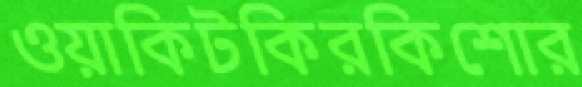
ওয়াকিটকিরকিশোর